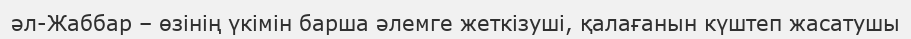
әл-Жаббар – өзінің үкімін барша әлемге жеткізуші, қалағанын күштеп жасатушы